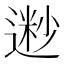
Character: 𫐽